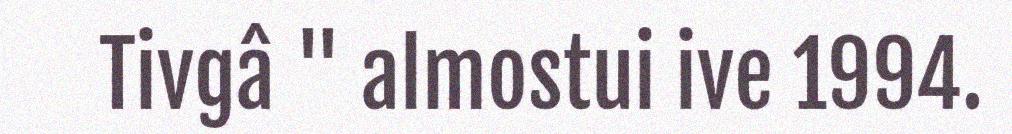
Tivgâ " almostui ive 1994.